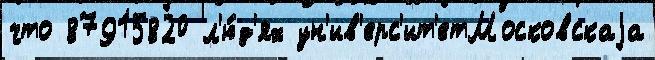
что 87915820 л'ю́д'ях ун'ив'ерс'ит'етМосковскаjа